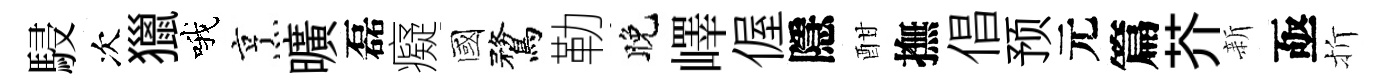
駸次獵哦烹曠磊癡國鶩勒晚嶧偓隱酣撫倡预元篇芥新亟折